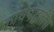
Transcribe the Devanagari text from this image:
कार्यपद्धतीस